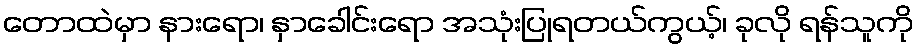
တောထဲမှာ နားရော၊ နှာခေါင်းရော အသုံးပြုရတယ်ကွယ့်၊ ခုလို ရန်သူကို